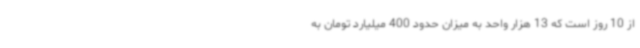
از 10 روز است که 13 هزار واحد به میزان حدود 400 میلیارد تومان به